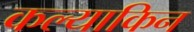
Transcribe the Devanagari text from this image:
कल्याकिन